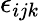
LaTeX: \epsilon_{ijk}